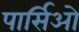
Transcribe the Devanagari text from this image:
पार्सिओ